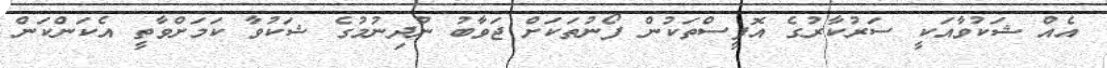
އެއް ޝަކުވާއަކީ ސަރުކާރުގެ އޮފީސްތަކުން ފޯނުތަކަށް ޖަވާބު ނުދިނުމުގެ ޝަކުވާ ކަމަށްވާތީ އެކަންކަން